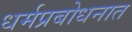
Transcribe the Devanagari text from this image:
धर्मप्रबोधनात